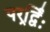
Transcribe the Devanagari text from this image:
परर्र्द्विः